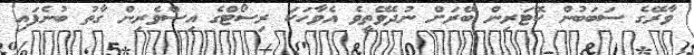
ވާރޭގެ ސަބަބުން ކޮޓަރިން ބޭރަށް ނުދެވޭތީވެ އެވާހަކަ ރިސޯޓްގެ އިސްވެރިން ގާތު ބުނެފައި